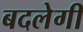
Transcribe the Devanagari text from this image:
बदलेगीं